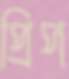
প্রিপ